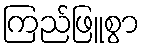
ကြည်ဖြူစွာ